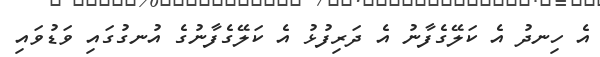
އެ ހިނދު އެ ކަލޭގެފާނު އެ ދަރިފުޅު އެ ކަލޭގެފާނުގެ އުނގުގައި ވަޑުވައި